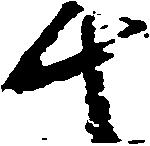
千